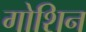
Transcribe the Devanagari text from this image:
गोशिन